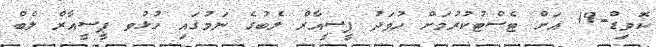
ކޮވިޑް-19 އަށް ޓެސްޓުކުރުމަށް ހުވަދު ޕީސީއާރް ލެބުގެ ނަމުގައި ހުޅުވ ޕީސީއާރް ލެބް